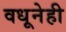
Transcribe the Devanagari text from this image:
वधूनेही